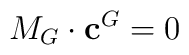
M_G\cdot \mathbf{c}^G=0